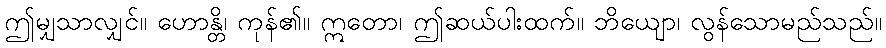
ဤမျှသာလျှင်။ ဟောန္တိ၊ ကုန်၏။ ဣတော၊ ဤဆယ်ပါးထက်။ ဘိယျော၊ လွန်သောမည်သည်။